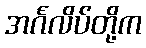
အင်္ဂလိပ်တို့က